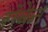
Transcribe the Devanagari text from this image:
रॉवेन